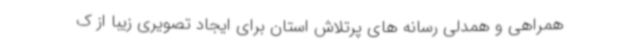
همراهی و همدلی رسانه های پرتلاش استان برای ایجاد تصویری زیبا از ک